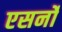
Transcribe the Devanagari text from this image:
एसर्नो